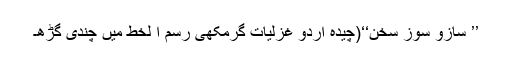
’’ سازو سوزِ سُخن‘‘(چیدہ اُردو غزلیات گُرمُکھی رسم ا لخط میں چندی گڑھ۔